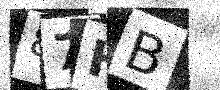
Text: 87HB